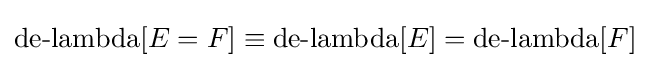
\operatorname {de-lambda} [E=F]\equiv \operatorname {de-lambda} [E]=\operatorname {de-lambda} [F]